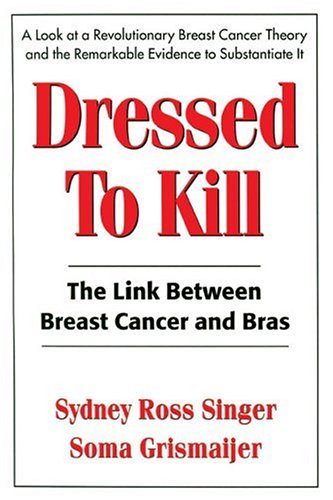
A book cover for Dressed To Kill: The Link between Breast Cancer and Bras; Sydney Ross Singer; Health, Fitness & Dieting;